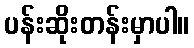
ပန်းဆိုးတန်းမှာပါ။